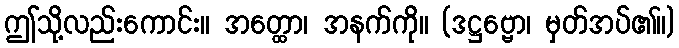
ဤသို့လည်းကောင်း။ အတ္ထော၊ အနက်ကို။ (ဒဋ္ဌဗ္ဗော၊ မှတ်အပ်၏။)